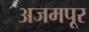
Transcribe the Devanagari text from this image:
अजमपूर